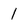
Character: 1